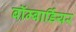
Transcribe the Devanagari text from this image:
बॉम्बार्डियर